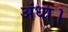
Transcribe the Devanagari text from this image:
अंधा।